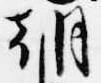
朝